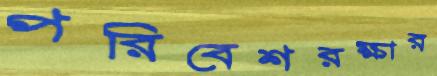
পরিবেশরক্ষার